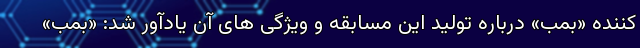
کننده «بمب» درباره تولید این مسابقه و ویژگی های آن یادآور شد: «بمب»